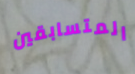
المتسابقين